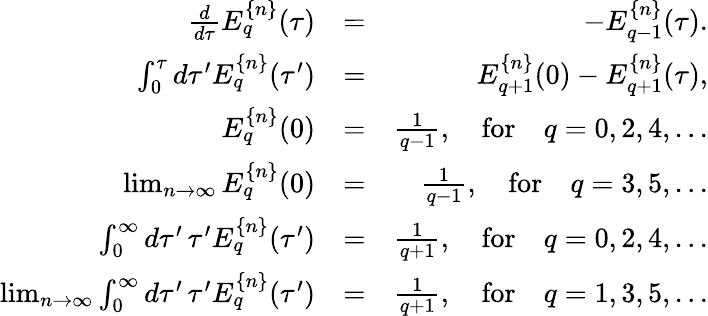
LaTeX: \begin{array}{rlr}{\frac{d}{d\tau}E_{q}^{\{ n\} }(\tau)}&{=}&{-E_{q-1}^{\{ n\} }(\tau).}\\ {\int_{0}^{\tau}d\tau^{\prime}E_{q}^{\{ n\} }(\tau^{\prime})}&{=}&{E_{q+1}^{\{ n\} }(0)-E_{q+1}^{\{ n\} }(\tau),}\\ {E_{q}^{\{ n\} }(0)}&{=}&{\frac{1}{q-1},\quad\mathrm{for}\quad q=0,2,4,...}\\ {\operatorname*{lim}_{n\to\infty}E_{q}^{\{ n\} }(0)}&{=}&{\frac{1}{q-1},\quad\mathrm{for}\quad q=3,5,...}\\ {\int_{0}^{\infty}d\tau^{\prime}\, \tau^{\prime}E_{q}^{\{ n\} }(\tau^{\prime})}&{=}&{\frac{1}{q+1},\quad\mathrm{for}\quad q=0,2,4,...}\\ {\operatorname*{lim}_{n\to\infty}\int_{0}^{\infty}d\tau^{\prime}\, \tau^{\prime}E_{q}^{\{ n\} }(\tau^{\prime})}&{=}&{\frac{1}{q+1},\quad\mathrm{for}\quad q=1,3,5,...}\end{array}